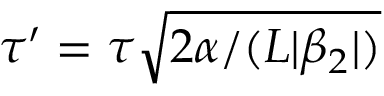
\tau ^ { \prime } = \tau \sqrt { 2 \alpha / ( L | \beta _ { 2 } | ) }